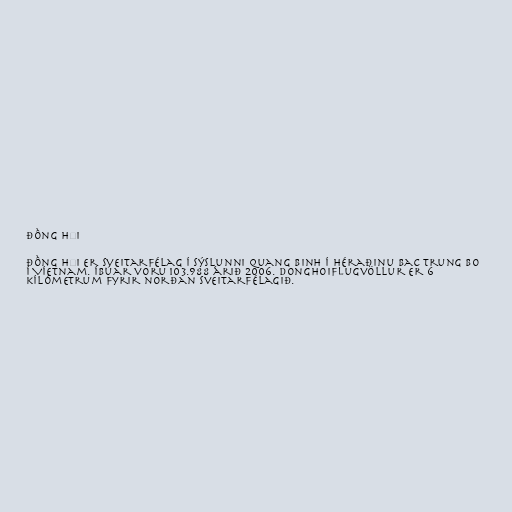
Đồng Hới

Đồng Hới er sveitarfélag í sýslunni Quang Binh í héraðinu Bac Trung Bo
í Víetnam. Íbúar voru 103.988 árið 2006. Donghoiflugvöllur er 6
kílómetrum fyrir norðan sveitarfélagið.